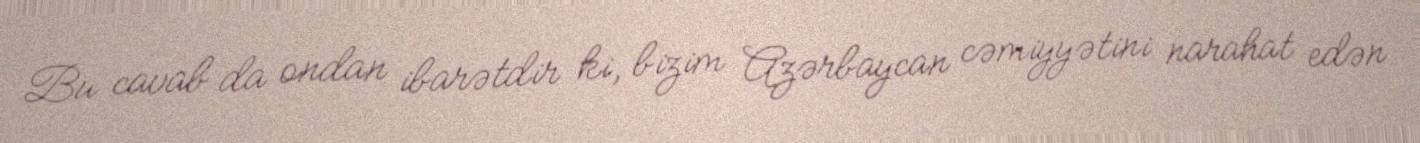
Bu cavab da ondan ibarətdir ki, bizim Azərbaycan cəmiyyətini narahat edən